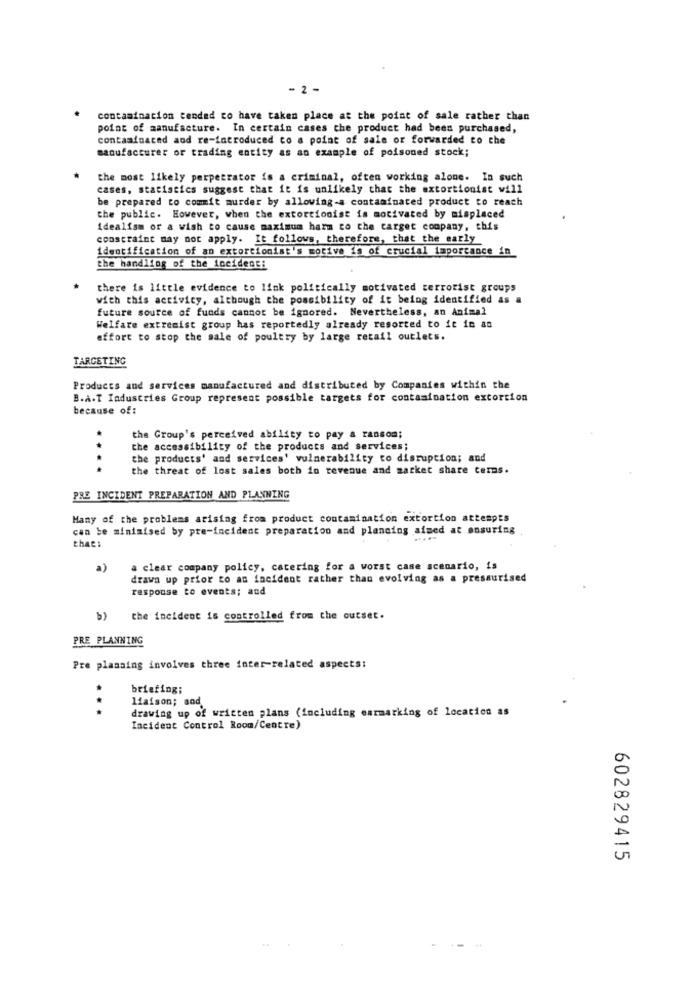
- 2 -
contamination tended to have taken place at the point of sale rather than
point of manufacture. In certain cases che product had been purchased,
contaminated and re-introduced to a point of sale or forwarded to che
manufacturer or trading entity as an example of poisoned stock;
the most likely perpetrator is a criminal, often working alone. In such
cases, statistics suggest that it is unlikely that the extortionist will
be prepared to commit murder by allowing-a contaminated product to reach
the public. However, when the extortionist is motivated by misplaced
idealism or a wish to cause maximum harm to the target company, this
constraint may not apply. It follows, therefore, that the early
identification of an extortionist's motive is of crucial importance in
the handling of the incident:
there is little evidence to link politically motivated terrorist groups
with this activity, although the possibility of it being identified as a
future source of funds cannot be ignored. Nevertheless, an Animal
Welfare extremist group has reportedly already resorted to it in an
effort to stop the sale of poultry by large retail outlets.
TARGETING
Products and services manufactured and distributed by Companies within the
B.A.T Industries Group represent possible targets for contamination extortion
because of:
the Group's perceived ability to pay a ransom;
the accessibility of the products and services;
the products' and services' vulnerability to disruption; and
....
the threat of lost sales both in revenue and market share terms.
PRE INCIDENT PREPARATION AND PLANNING
Many of the problems arising from product contamination extortion attempts
can be minimised by pre-incident preparation and planning aimed at ensuring
thaes
a)
a clear company policy, catering for a worst case scenario, is
drawn up prior to an incident rather than evolving as a pressurised
response to events; and
b) the incident is controlled from the outset.
PRE PLANNING
Pre planning involves three inter-related aspects:
briefing;
liaison; and.
...
drawing up of written plans (including earmarking of location as
Incident Control Room/Centre)
602829415